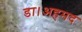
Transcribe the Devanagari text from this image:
डा।अहमद